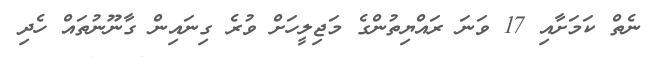
ނެތް ކަމަށާއި 17 ވަނަ ރައްޔިތުންގެ މަޖިލީހަށް ވުރެ ގިނައިން ގާނޫނުތައް ހެދި